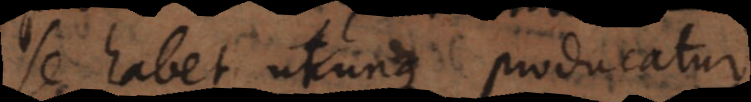
se habet utcunque producatur,